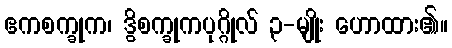
ဧကစက္ခုက၊ ဒွိစက္ခုကပုဂ္ဂိုလ် ၃-မျိုး ဟောထား၏။